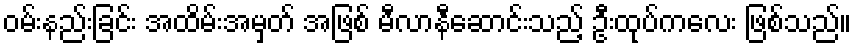
ဝမ်းနည်းခြင်း အထိမ်းအမှတ် အဖြစ် မီလာနီဆောင်းသည့် ဦးထုပ်ကလေး ဖြစ်သည်။